Lunatic asylums Central Provinces reports 1874-1885 - 1874-1885
Year: 1874
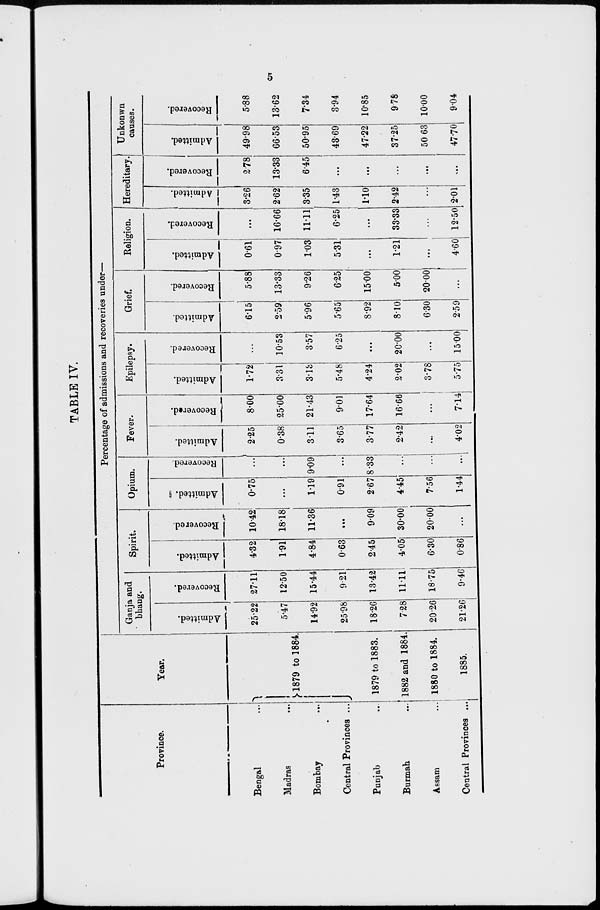
5
TABLE IV.
Province.
Bengal ...
Madras ...
Bombay
...
Central Provinces ...
Punjab ...
Burmah ...
Assam ...
Central Provinces ...
Year.
1879 to 1884.
1879 to 1883.
1882 and 1884.
1880 to 1884.
1885.
Percentage of admissions and recoveries under—
Ganja and
bhang.
Admitted.
25.22
5.47
14.92
25.98
18.26
7.28
20.26
21.26
Recovered.
27.11
12.50
15.44
9.21
13.42
11.11
18.75
9.46
Spirit.
Admitted.
4.32
1.91
4.84
0.63
2.45
4.05
6.30
0.86
Recovered.
10.42
18.18
11.36
...
9.09
30.00
20.00
...
Opium.
Admitted.
0.75
...
1.19
0.91
2.67
4.45
7.56
1.44
Recovered.
...
...
9.09
...
8.33
...
...
...
Fever.
Admitted.
2.25
0.38
3.11
3.65
3.77
2.42
...
4.02
Recovered.
8.00
25.00
21.43
9.01
17.64
16.66
...
7.14
Epilepsy.
Admitted.
1.72
3.31
3.13
5.48
4.24
2.02
3.78
5.75
Recovered.
...
10.53
3.57
6.25
...
20.00
...
15.00
Grief.
Admitted.
6.15
2.59
5.96
5.65
8.92
8.10
6.30
2.59
Recovered.
5.88
13.33
9.26
6.25
15.00
5.00
20.00
...
Religion.
Admitted.
0.61
0.97
1.03
5.31
...
1.21
...
4.60
Recovered.
...
16.66
11.11
6.25
...
33.33
...
12.50
Hereditary
Admitted.
3.26
2.62
3.35
1.43
1.10
2.42
...
2.01
Recovered.
2.78
13.33
6.45
...
...
...
...
...
Unkonwn
causes.
Admitted.
49.98
66.53
50.95
43.69
47.22
37.25
50.63
47.70
Recovered.
5.88
13.62
7.34
3.94
10.85
9.78
10.00
9.04